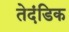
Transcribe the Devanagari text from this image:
तेदंडिक